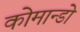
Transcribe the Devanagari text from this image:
कोमान्डो